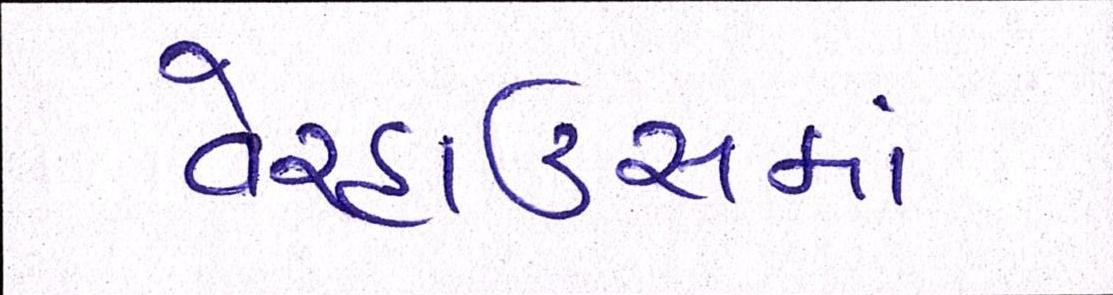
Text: વેરહાઉસમાં